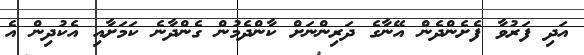
އަދި ފަރުވާ ފެށެންދެން އޭނާގެ ދަރިންނަށް ކާންދެމުން ގެންދާނެ ކަމަށާއި އެކުދިން އެ